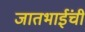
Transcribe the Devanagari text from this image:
जातभाईंची